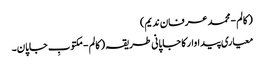
( کالم - محمد عرفان ندیم)
معیاری پیداوار کا جاپانی طریقہ ( کالم - مکتوبِ جاپان۔